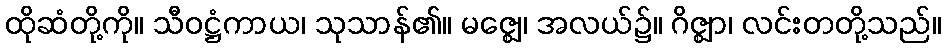
ထိုဆံတို့ကို။ သီဝဋ္ဌံကာယ၊ သုသာန်၏။ မဇ္ဈေ၊ အလယ်၌။ ဂိဇ္ဈာ၊ လင်းတတို့သည်။